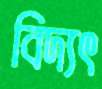
বিদ্যৎ